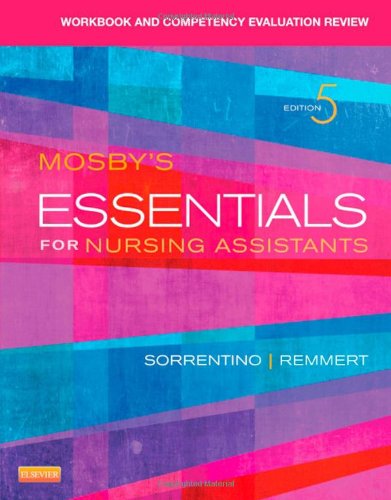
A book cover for Workbook and Competency Evaluation Review for Mosby's Essentials for Nursing Assistants, 5e; Sheila A. Sorrentino PhD  RN; Medical Books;